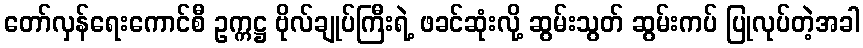
တော်လှန်ရေးကောင်စီ ဥက္ကဋ္ဌ ဗိုလ်ချုပ်ကြီးရဲ့ ဖခင်ဆုံးလို့ ဆွမ်းသွတ် ဆွမ်းကပ် ပြုလုပ်တဲ့အခါ